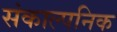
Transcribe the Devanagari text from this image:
संकाल्पनिक